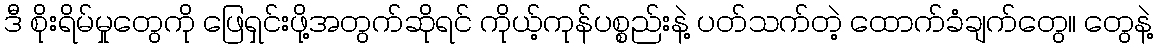
ဒီ စိုးရိမ်မှုတွေကို ဖြေရှင်းဖို့အတွက်ဆိုရင် ကိုယ့်ကုန်ပစ္စည်းနဲ့ ပတ်သက်တဲ့ ထောက်ခံချက်တွေ၊၊ တွေနဲ့